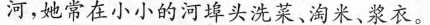
河，她常在小小的河埠头洗菜、淘米、浆衣。